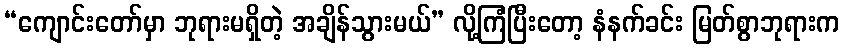
“ကျောင်းတော်မှာ ဘုရားမရှိတဲ့ အချိန်သွားမယ်” လို့ကြံပြီးတော့ နံနက်ခင်း မြတ်စွာဘုရားက